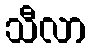
သီလာ